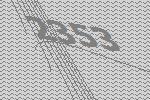
2353